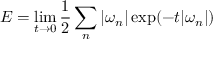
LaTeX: E = \operatorname* { l i m } _ { t \to 0 } { \frac { 1 } { 2 } } \sum _ { n } | \omega _ { n } | \exp ( - t | \omega _ { n } | )